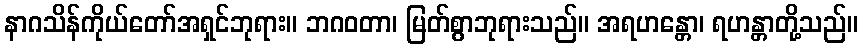
နာဂသိန်ကိုယ်တော်အရှင်ဘုရား။ ဘဂဝတာ၊ မြတ်စွာဘုရားသည်။ အရဟန္တော၊ ရဟန္တာတို့သည်။